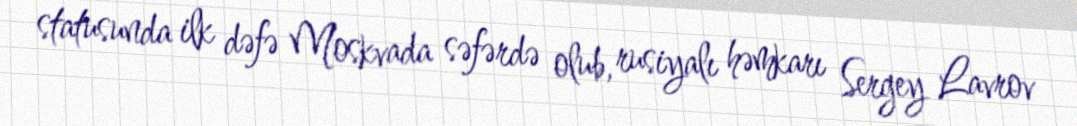
statusunda ilk dəfə Moskvada səfərdə olub, rusiyalı həmkarı Sergey Lavrov